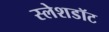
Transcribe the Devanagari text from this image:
स्लेशडॉट